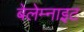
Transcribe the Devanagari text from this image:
बेलेम्नाइट